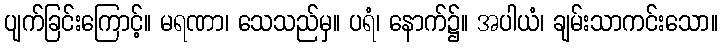
ပျက်ခြင်းကြောင့်။ မရဏာ၊ သေသည်မှ။ ပရံ၊ နောက်၌။ အပါယံ၊ ချမ်းသာကင်းသော။